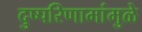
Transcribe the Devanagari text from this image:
दुष्परिणामांमुळे